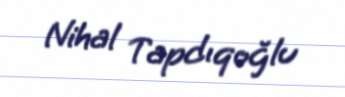
Nihal Tapdıqoğlu